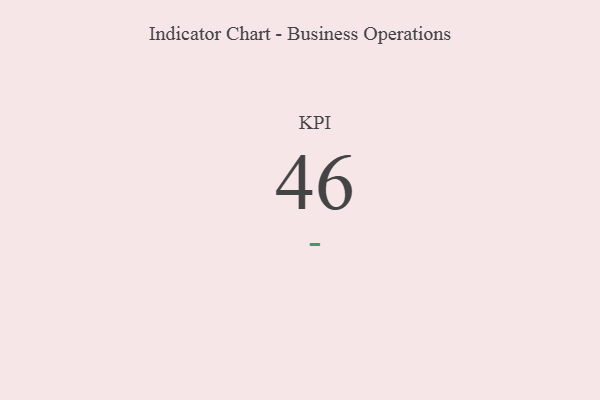
{"axis": {"x": "KPI", "y": "Value"}, "legend": [""], "data": [{"x": "KPI", "y": 46, "type": ""}]}